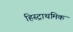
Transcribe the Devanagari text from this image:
हिस्ट्राथमिक